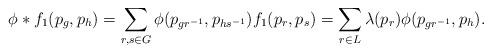
LaTeX: \begin{align*}\phi \ast f_1 (p_g, p_h )= \sum_{r,s\in G} \phi (p_{gr^{-1}}, p_{hs^{-1}}) f_1 (p_r, p_s )=\sum_{r\in L} \lambda ({p_r}) \phi (p_{gr^{-1}} , p_h ).\end{align*}